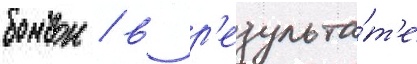
бомбои / в р'езульта́т'е